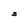
Character: S